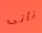
تأتى